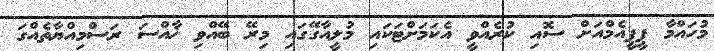
މުހައްމާ ޕީޕީއެމްއަށް ސޮއި ކުރެއްވީ އެކަމަށްޓަކައި މުލީއާގޭގައި މިރޭ ބޭއްވި ޚާއްސަ ރަސްމިއްޔާތެއްގަ